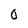
Character: 0